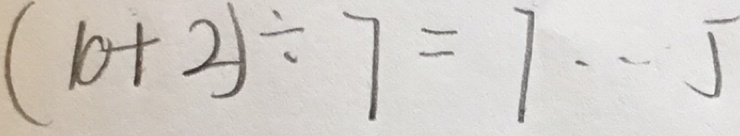
( 1 0 + 2 ) \div 7 = 7 \cdots 5